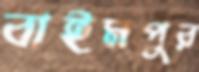
বাইমপুর